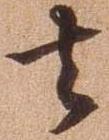
去